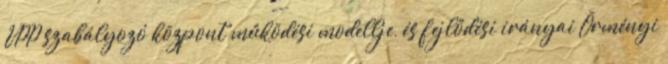
VPP szabályozó központ működési modellje, és fejlődési irányai Örményi